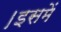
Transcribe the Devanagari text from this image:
।इसमें